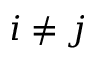
i \neq j